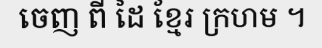
ចេញ ពី ដៃ ខ្មែរ ក្រហម ។